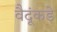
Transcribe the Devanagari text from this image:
वैदूंकडे